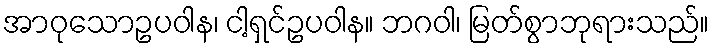
အာဝုသောဥပဝါန၊ ငါ့ရှင်ဥပဝါန။ ဘဂဝါ၊ မြတ်စွာဘုရားသည်။